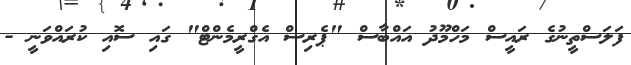
ފަލަސްތީނުގެ ރައީސް މަހްމޫދު އައްބާސް "ޕެރިސް އެގްރީމެންޓް" ގައި ސޮއި ކުރައްވަނީ -